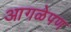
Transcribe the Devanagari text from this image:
आगळेपण